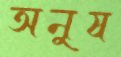
অনুষ